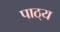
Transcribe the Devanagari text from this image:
पाठ्‌य